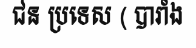
ជន ប្រទេស ( បារាំង